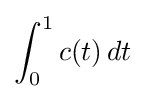
\int _{0}^{1}c(t)\,dt